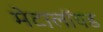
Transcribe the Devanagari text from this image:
मेटालॉयड